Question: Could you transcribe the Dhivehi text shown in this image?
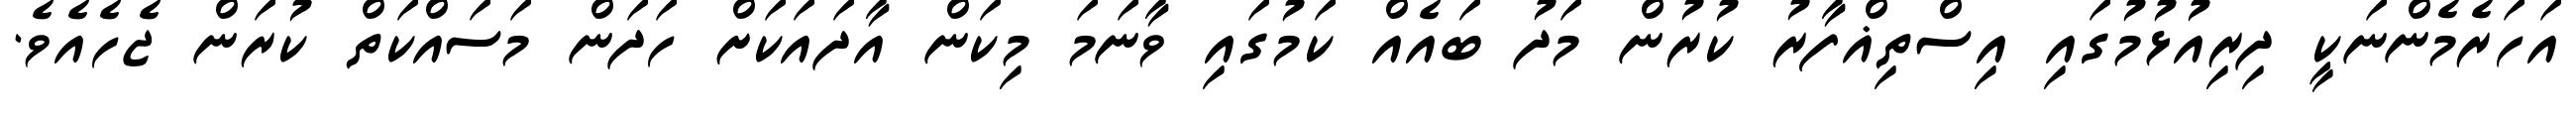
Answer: އަހަރެމެންނަކީ ދިރިއުޅުމުގައި އިސްތިޣްފާރު ކުރުން މަދު ބައެއް ކަމުގައި ވާނަމަ މިކަން އާދައަކަށް ހަދަން މަސައްކަތް ކުރަން ޖެހެއެވެ.